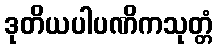
ဒုတိယပါပဏိကသုတ္တံ